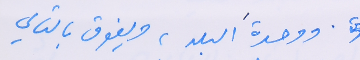
. ووحدةَ البلد،ويفوق بالتالي